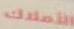
الأملاك